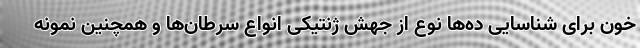
خون برای شناسایی ده‌ها نوع از جهش ژنتیکی انواع سرطان‌ها و همچنین نمونه